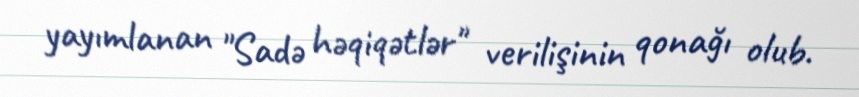
yayımlanan "Sadə həqiqətlər" verilişinin qonağı olub.